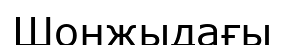
Шонжыдағы